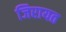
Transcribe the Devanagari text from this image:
जिरायत